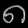
Digit: ၈